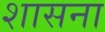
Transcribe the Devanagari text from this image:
शासना